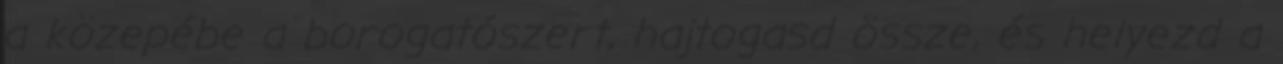
a közepébe a borogatószert, hajtogasd össze, és helyezd a